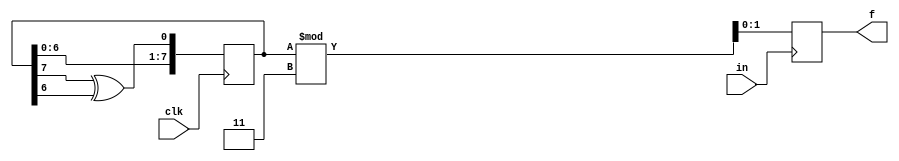
`timescale 1ns / 1ps
//////////////////////////////////////////////////////////////////////////////////
// Company: 
// Engineer: 
// 
// Design Name: 
// Module Name: random7_num_gen
// Project Name: 
// Target Devices: 
// Tool Versions: 
// Description: 
// 
// Dependencies: 
// 
// Revision:
// Revision 0.01 - File Created
// Additional Comments:
// 
//////////////////////////////////////////////////////////////////////////////////


module random_num_gen(
    input clk,
    input in,//Cposedge
    output reg [1:0]f//H02
    );
    //counter
    reg [7:0]cnt = 8'b11111111;
    wire [7:0]cnt_tmp;
    //assign cnt_tmp = cnt+1;
    assign cnt_tmp[0] = cnt[7]^cnt[6];
    assign cnt_tmp[7:1] = cnt[6:0];
    always@(posedge clk)
        cnt<=cnt_tmp;
    /*
    reg [7:0]cnt,cnt_tmp;
    always@* begin
        cnt_tmp[0] = cnt[7]^cnt[6]^cnt[1] ;
        cnt_tmp[7:1] = cnt[6:0];
    end
    
    always@(posedge clk) begin
        cnt[0] <= cnt[7]^cnt[6] ;
        cnt[7:1] <= {cnt[6:0]}; 
    end
    */
    /*
    reg [9:0]Q;
        always @(posedge clk) begin
            Q[9] <= Q[8];
            Q[8] <= Q[7];
            Q[7] <= Q[6];
            Q[6] <= Q[5];
            Q[5] <= Q[4];
            Q[4] <= Q[3];
            Q[3] <= Q[2];
            Q[2] <= Q[1];
            Q[1] <= Q[0];
            Q[0] <= ((Q[2]^Q[5])^Q[7]);
         end
        */
    always@(posedge in)begin
        f <= cnt % 3;
    end
        
endmodule